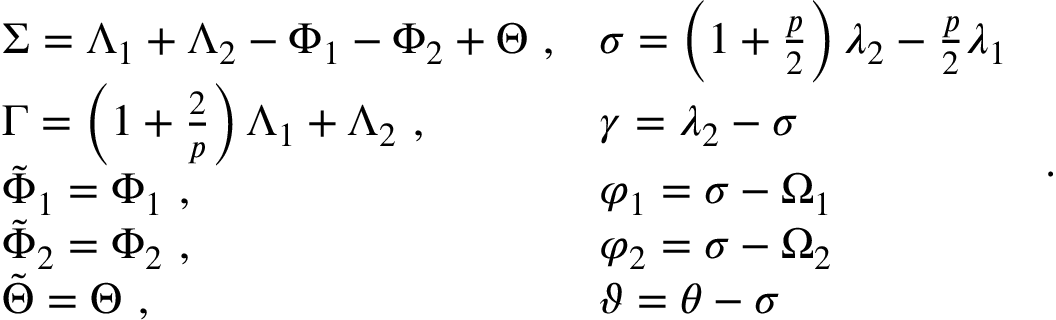
\begin{array} { l l } { \Sigma = \Lambda _ { 1 } + \Lambda _ { 2 } - \Phi _ { 1 } - \Phi _ { 2 } + \Theta \ , } & { \sigma = \left( 1 + \frac { p } { 2 } \right) \lambda _ { 2 } - \frac { p } { 2 } \lambda _ { 1 } } \\ { \Gamma = \left( 1 + \frac { 2 } { p } \right) \Lambda _ { 1 } + \Lambda _ { 2 } \ , } & { \gamma = \lambda _ { 2 } - \sigma } \\ { \tilde { \Phi } _ { 1 } = \Phi _ { 1 } \ , } & { \varphi _ { 1 } = \sigma - \Omega _ { 1 } } \\ { \tilde { \Phi } _ { 2 } = \Phi _ { 2 } \ , } & { \varphi _ { 2 } = \sigma - \Omega _ { 2 } } \\ { \tilde { \Theta } = \Theta \ , } & { \vartheta = \theta - \sigma } \end{array} \ .